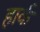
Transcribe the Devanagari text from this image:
हार्क